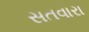
સતવારા